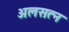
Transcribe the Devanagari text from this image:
अलसत्न